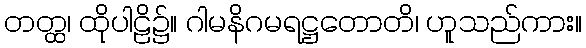
တတ္ထ၊ ထိုပါဠိ၌။ ဂါမနိဂမရဋ္ဌတောတိ၊ ဟူသည်ကား။